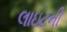
લાઇટની